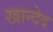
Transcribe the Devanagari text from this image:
खान्देद